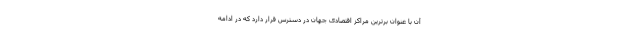
آن با عنوان برترین مراکز اقتصادی جهان در دسترس قرار دارد که در ادامه